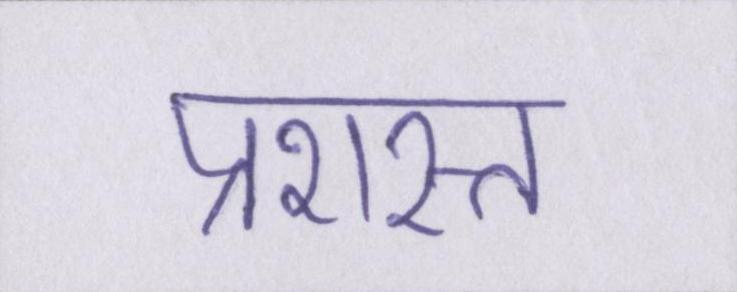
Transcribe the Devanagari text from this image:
प्रशस्त